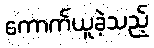
ကောက်ယူခဲ့သည့်